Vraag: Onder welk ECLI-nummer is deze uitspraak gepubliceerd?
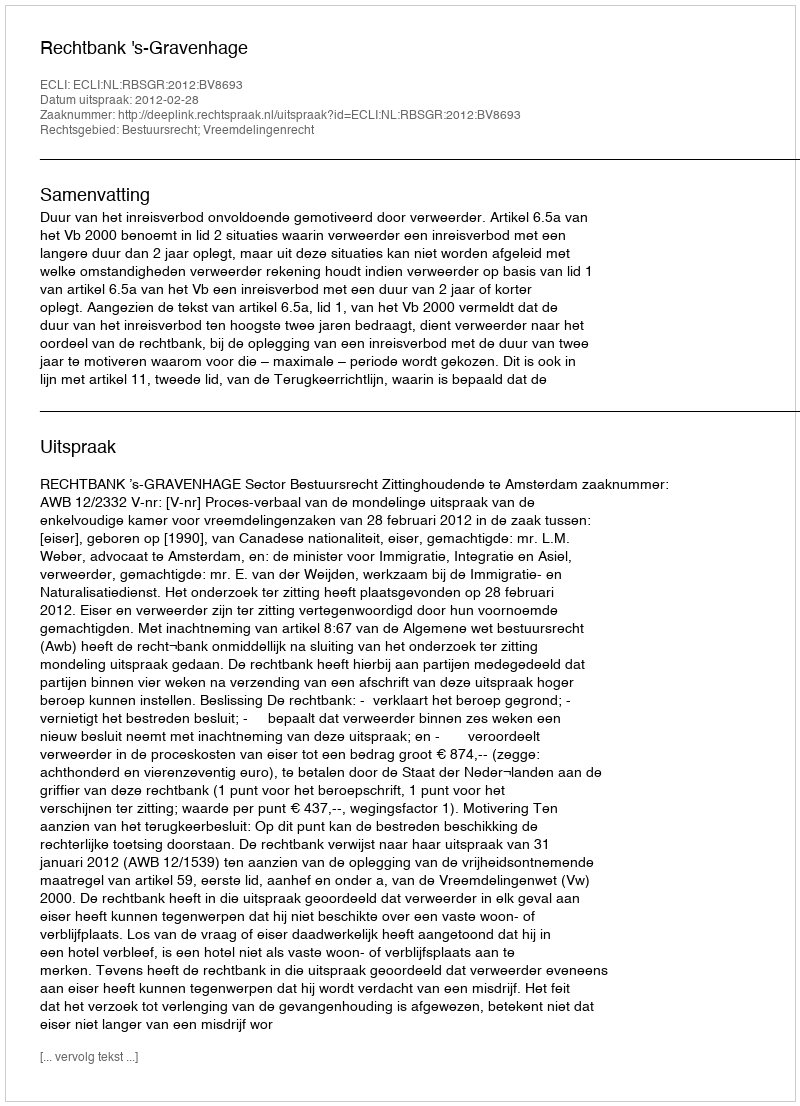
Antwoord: ECLI:NL:RBSGR:2012:BV8693